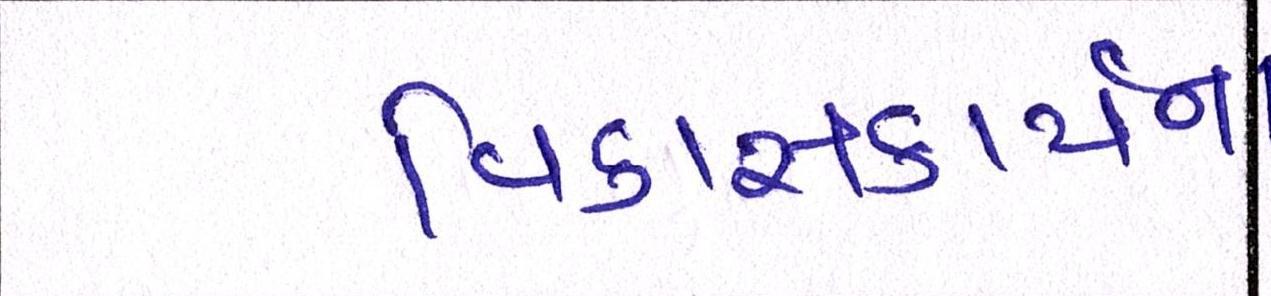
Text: વિકાસકાર્યના